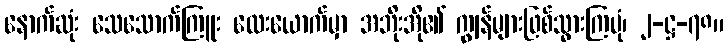
နောက်ဆုံး သေသောက်ကြူး လေးယောက်မှာ အဘိုးအို၏ ကျွန်များဖြစ်သွားကြပုံ၊ ၂-ဋ္ဌ-၇၈။